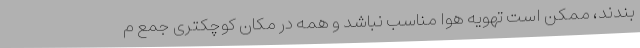
بندند، ممکن است تهویه هوا مناسب نباشد و همه در مکان کوچکتری جمع م